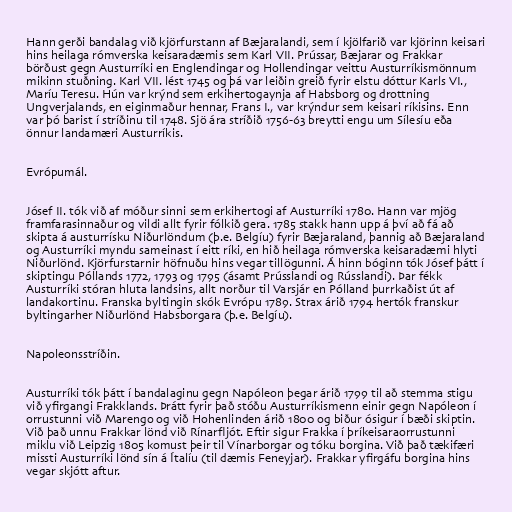
Hann gerði bandalag við kjörfurstann af Bæjaralandi, sem í kjölfarið var kjörinn keisari
hins heilaga rómverska keisaradæmis sem Karl VII. Prússar, Bæjarar og Frakkar
börðust gegn Austurríki en Englendingar og Hollendingar veittu Austurríkismönnum
mikinn stuðning. Karl VII. lést 1745 og þá var leiðin greið fyrir elstu dóttur Karls VI.,
Maríu Teresu. Hún var krýnd sem erkihertogaynja af Habsborg og drottning
Ungverjalands, en eiginmaður hennar, Frans I., var krýndur sem keisari ríkisins. Enn
var þó barist í stríðinu til 1748. Sjö ára stríðið 1756-63 breytti engu um Sílesíu eða
önnur landamæri Austurríkis.

Evrópumál.

Jósef II. tók við af móður sinni sem erkihertogi af Austurríki 1780. Hann var mjög
framfarasinnaður og vildi allt fyrir fólkið gera. 1785 stakk hann upp á því að fá að
skipta á austurrísku Niðurlöndum (þ.e. Belgíu) fyrir Bæjaraland, þannig að Bæjaraland
og Austurríki myndu sameinast í eitt ríki, en hið heilaga rómverska keisaradæmi hlyti
Niðurlönd. Kjörfurstarnir höfnuðu hins vegar tillögunni. Á hinn bóginn tók Jósef þátt í
skiptingu Póllands 1772, 1793 og 1795 (ásamt Prússlandi og Rússlandi). Þar fékk
Austurríki stóran hluta landsins, allt norður til Varsjár en Pólland þurrkaðist út af
landakortinu. Franska byltingin skók Evrópu 1789. Strax árið 1794 hertók franskur
byltingarher Niðurlönd Habsborgara (þ.e. Belgíu).

Napoleonsstríðin.

Austurríki tók þátt í bandalaginu gegn Napóleon þegar árið 1799 til að stemma stigu
við yfirgangi Frakklands. Þrátt fyrir það stóðu Austurríkismenn einir gegn Napóleon í
orrustunni við Marengo og við Hohenlinden árið 1800 og biður ósigur í bæði skiptin.
Við það unnu Frakkar lönd við Rínarfljót. Eftir sigur Frakka í þríkeisaraorrustunni
miklu við Leipzig 1805 komust þeir til Vínarborgar og tóku borgina. Við það tækifæri
missti Austurríki lönd sín á Ítalíu (til dæmis Feneyjar). Frakkar yfirgáfu borgina hins
vegar skjótt aftur.